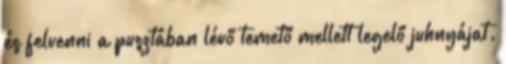
és felvenni a pusztában lévő temető mellett legelő juhnyájat.